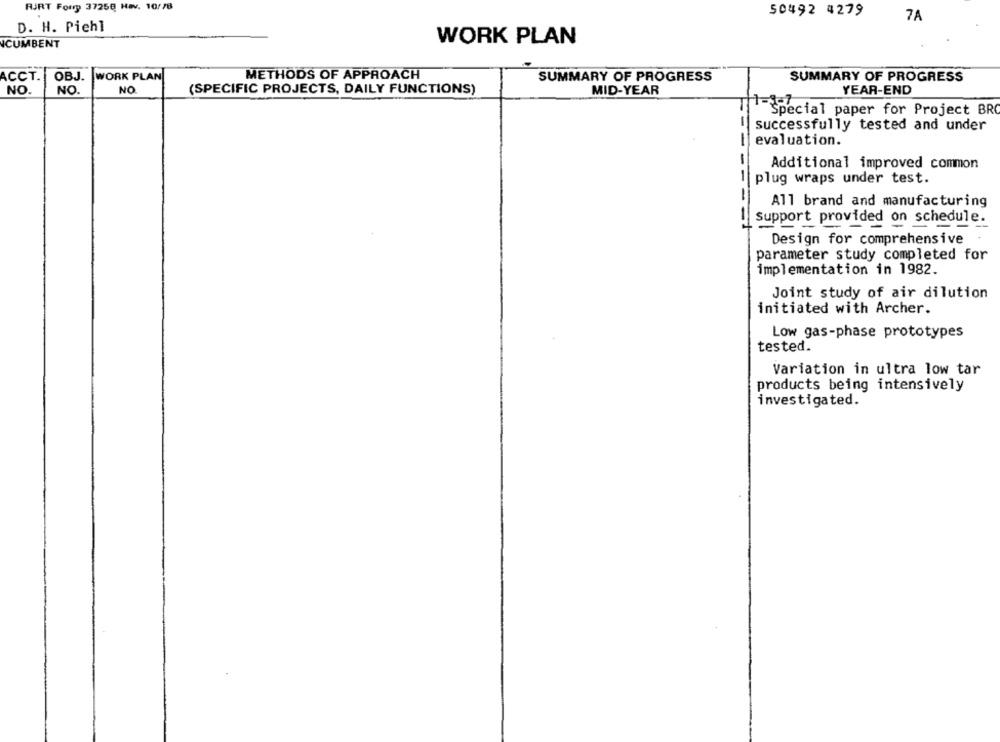
RJRT Forry 37258 Hav. 10/18
50492 4279
7A
D. H. Piehl
ICUMBENT
WORK PLAN
ACCT.
METHODS OF APPROACH
OBJ.
WORK PLAN
SUMMARY OF PROGRESS
SUMMARY OF PROGRESS
NO.
NO.
NO
YEAR-END
(SPECIFIC PROJECTS, DAILY FUNCTIONS)
MID-YEAR
Special paper for Project BRO
successfully tested and under
---
evaluation.
Additional improved common
plug wraps under test.
All brand and manufacturing
Support provided on schedule.
---= +
Design for comprehensive
parameter study completed for
implementation in 1982.
Joint study of air dilution
initiated with Archer.
Low gas-phase prototypes
tested.
Variation in ultra low tar
products being intensively
investigated.